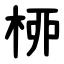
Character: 桺